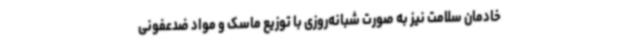
خادمان سلامت نیز به صورت شبانه‌روزی با توزیع ماسک و مواد ضدعفونی